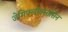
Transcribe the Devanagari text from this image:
जेमिफ़्लॉक्सासिन